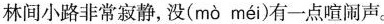
林间小路非常寂静，没( mò méi )有-一点喧闹声。